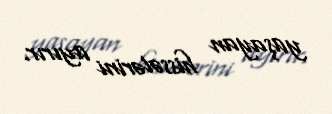
yaşayan hissələrini ayırır.